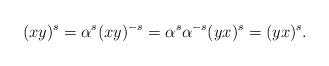
LaTeX: \begin{align*}(xy)^s=\alpha^s(xy)^{-s}=\alpha^s\alpha^{-s}(yx)^s=(yx)^s.\end{align*}